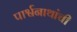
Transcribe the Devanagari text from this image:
पार्श्वनाथांची